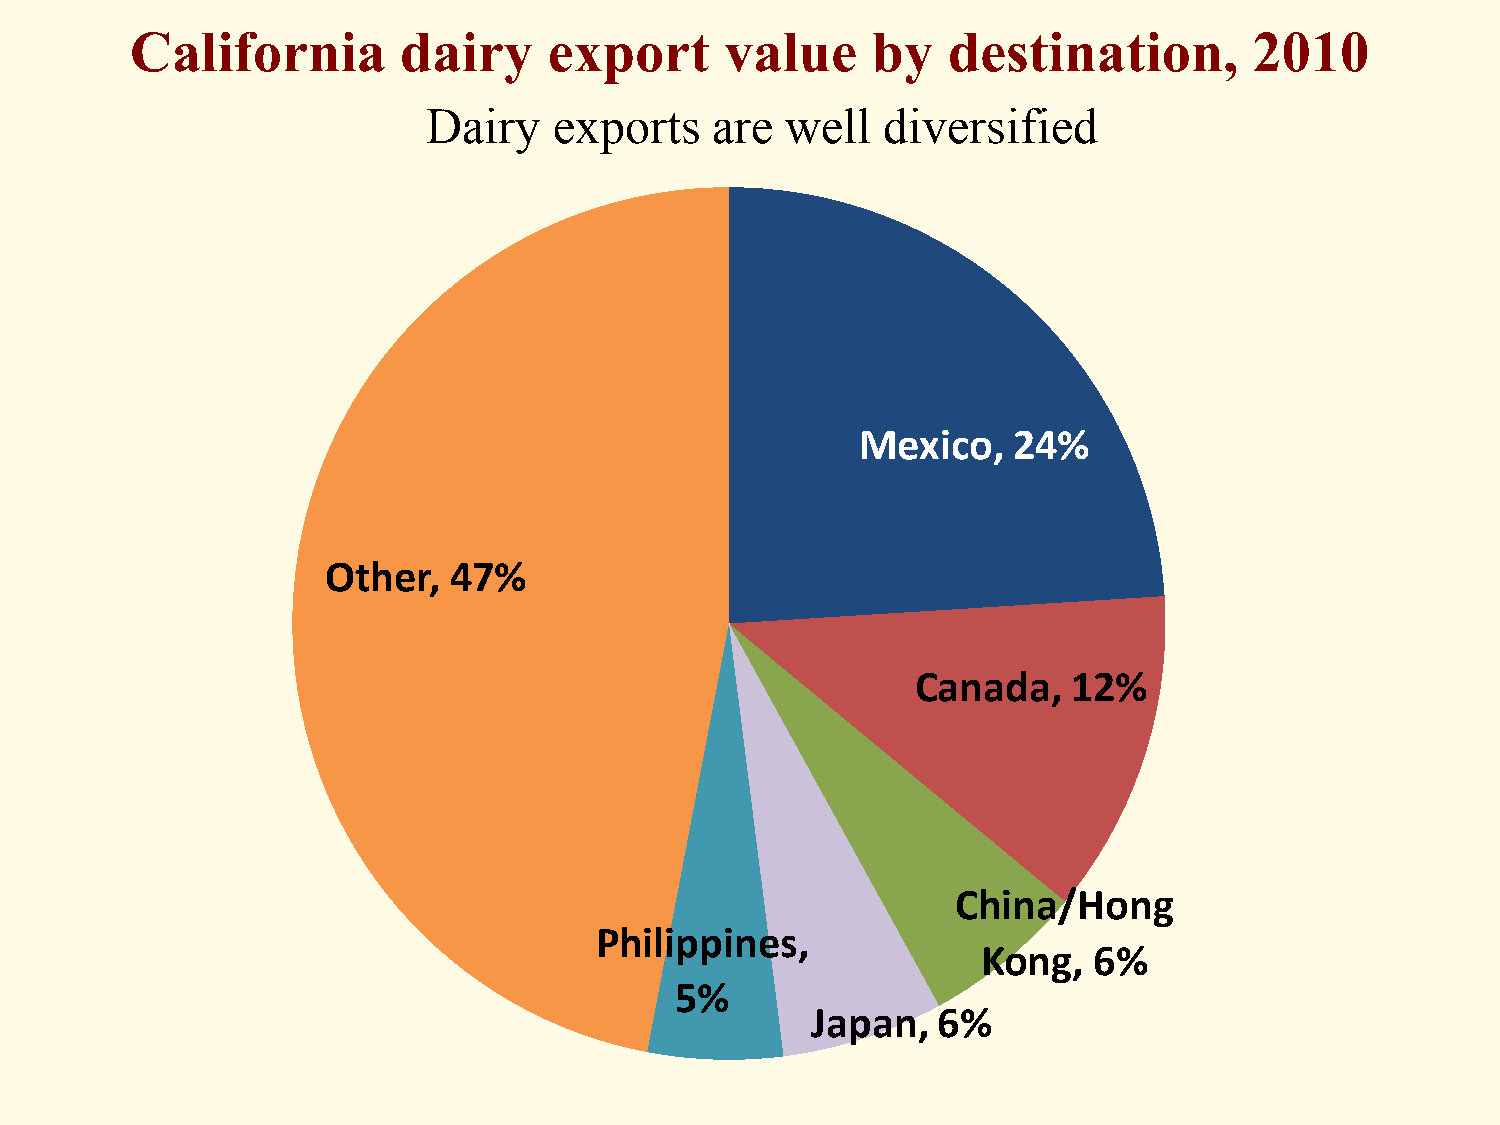
California       dairy     export      value     by   destination,        2010
 Dairy    exports   are  well   diversified
 Mexico,   24%
 Other,  47%
 Canada,   12%
 China/Hong
 Philippines,
 Kong,  6%
 5%
 Japan,  6%